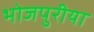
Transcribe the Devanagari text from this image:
भोजपुरीया